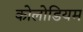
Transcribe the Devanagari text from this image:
कोलोडियम